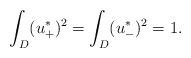
LaTeX: \begin{align*}\int_D(u^*_+)^2=\int_D(u^*_-)^2=1.\end{align*}